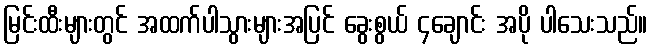
မြင်းထီးများတွင် အထက်ပါသွားများအပြင် ခွေးစွယ် ၄ချောင်း အပို ပါသေးသည်။